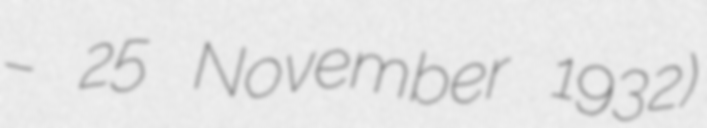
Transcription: – 25 November 1932)